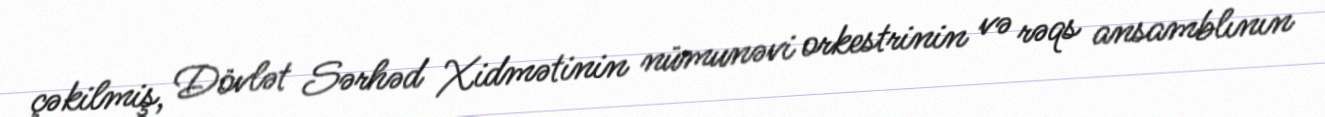
çəkilmiş, Dövlət Sərhəd Xidmətinin nümunəvi orkestrinin və rəqs ansamblının